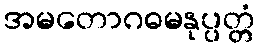
အမတောဂဓမနုပ္ပတ္တံ